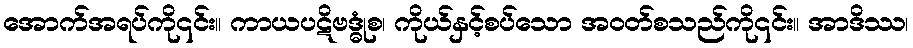
အောက်အရပ်ကို၎င်း။ ကာယပဋိဗဒ္ဓုံစ၊ ကိုယ်နှင့်စပ်သော အဝတ်စသည်ကို၎င်း။ အာဒိဿ၊